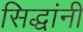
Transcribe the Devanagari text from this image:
सिद्धांनी